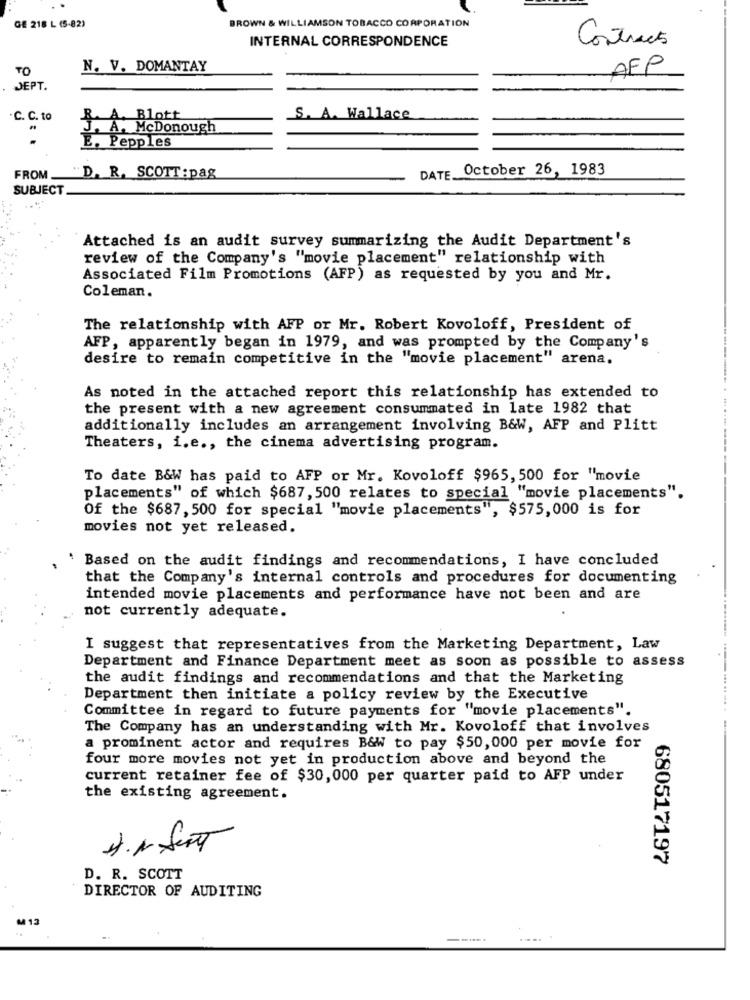
GE 218 L (5-82)
BROWN & WILLIAMSON TOBACCO CORPORATION
INTERNAL CORRESPONDENCE
Contracts
TO
N. V. DOMANTAY
AFP
JEPT.
.C. C. to
R. A. Blott
S. A. Wallace
A. McDonough
E. Pepples
DATE October 26, 1983
FROM
"D. R. SCOTT : pag
SUBJECT
Attached is an audit survey summarizing the Audit Department's
review of the Company's "movie placement" relationship with
Associated Film Promotions (AFP) as requested by you and Mr.
Coleman.
The relationship with AFP or Mr. Robert Kovoloff, President of
AFP, apparently began in 1979, and was prompted by the Company's
desire to remain competitive in the "movie placement" arena.
As noted in the attached report this relationship has extended to
the present with a new agreement consummated in late 1982 that
additionally includes an arrangement involving B&W, AFP and Plitt
Theaters, i.e ., the cinema advertising program.
To date B&W has paid to AFP or Mr. Kovoloff $965, 500 for "movie
placements" of which $687, 500 relates to special "movie placements".
Of the $687, 500 for special "movie placements", $575,000 is for
movies not yet released.
Based on the audit findings and recommendations, I have concluded
that the Company's internal controls and procedures for documenting
intended movie placements and performance have not been and are
not currently adequate.
I suggest that representatives from the Marketing Department, Law
Department and Finance Department meet as soon as possible to assess
the audit findings and recommendations and that the Marketing
Department then initiate a policy review by the Executive
Committee in regard to future payments for "movie placements".
The Company has an understanding with Mr. Kovoloff that involves
a prominent actor and requires B&W to pay $50,000 per movie for
four more movies not yet in production above and beyond the
current retainer fee of $30,000 per quarter paid to AFP under
the existing agreement.
1. 1. Sent
680517197
D. R. SCOTT
DIRECTOR OF AUDITING
...... .